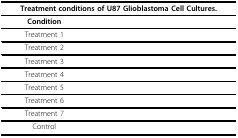
<table><thead><tr><td colspan="2"><b>Treatment conditions of U87 Glioblastoma Cell Cultures.</b></td></tr></thead><tbody><tr><td><b>Condition</b></td><td>[EMPTY_CELL]</td></tr><tr><td>Treatment 1</td><td>[EMPTY_CELL]</td></tr><tr><td>Treatment 2</td><td>[EMPTY_CELL]</td></tr><tr><td>Treatment 3</td><td>[EMPTY_CELL]</td></tr><tr><td>Treatment 4</td><td>[EMPTY_CELL]</td></tr><tr><td>Treatment 5</td><td>[EMPTY_CELL]</td></tr><tr><td>Treatment 6</td><td>[EMPTY_CELL]</td></tr><tr><td>Treatment 7</td><td>[EMPTY_CELL]</td></tr><tr><td>Control</td><td>[EMPTY_CELL]</td></tr></tbody></table>